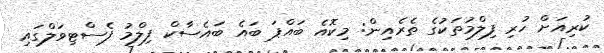
ކުރިއަށް ހުރި ފިލްމުތަކުގެ ތެރެއިން: މިކޮއެ ބައްޕަ ބައެ ބައެސާކް ފިލްމު ފެސްޓިވަލްގައި